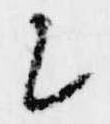
候